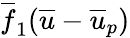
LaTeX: \overline{{f}}_{1}(\overline{{u}}-\overline{{u}}_{p})